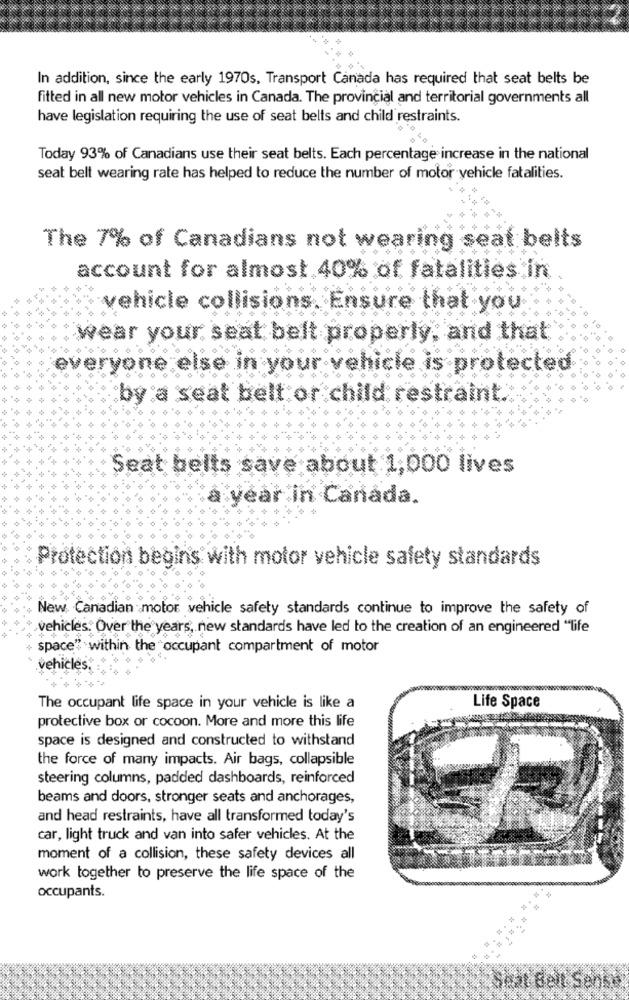
In addition, since the early 1970s, Transport Canada has required that seat belts be
fitted in all new motor vehicles in Canada. The provincial and territorial governments all
have legislation requiring the use of seat belts and child restraints.
Today 93% of Canadians use their seat belts. Each percentage increase in the national
seat belt wearing rate has helped to reduce the number of motor vehicle fatalities.
The 7% of Canadians not wearing seat belts
account for almost 40% of fatalities in
vehicle collisions. Ensure that you
wear your seat belt properly, and that
everyone else in your vel
icle is protected
by a seat belt or child restraint.
Seat belts save about 1,000 lives
year in Canada.
Protection begins with motor vehicle safety standards
New Canadian motor vehicle safety standards continue to improve the safety of
vehicles. Over the years, new standards have led to the creation of an engineered "life
space" within the occupant compartment of motor
vehicles,
The occupant life space in your vehicle is like a
Life Space
protective box or cocoon. More and more this life
space is designed and constructed to withstand
the force of many impacts. Air bags, collapsible
steering columns, padded dashboards, reinforced
beams and doors, stronger seats and anchorages,
and head restraints, have all transformed today's
car, light truck and van into safer vehicles. At the
moment of a collision, these safety devices all
work together to preserve the life space of the
occupants.
Seat Belt Sense,